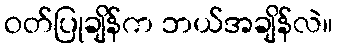
ဝတ်ပြုချိန်က ဘယ်အချိန်လဲ။